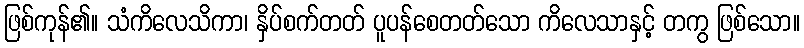
ဖြစ်ကုန်၏။ သံကိလေသိကာ၊ နှိပ်စက်တတ် ပူပန်စေတတ်သော ကိလေသာနှင့် တကွ ဖြစ်သော။